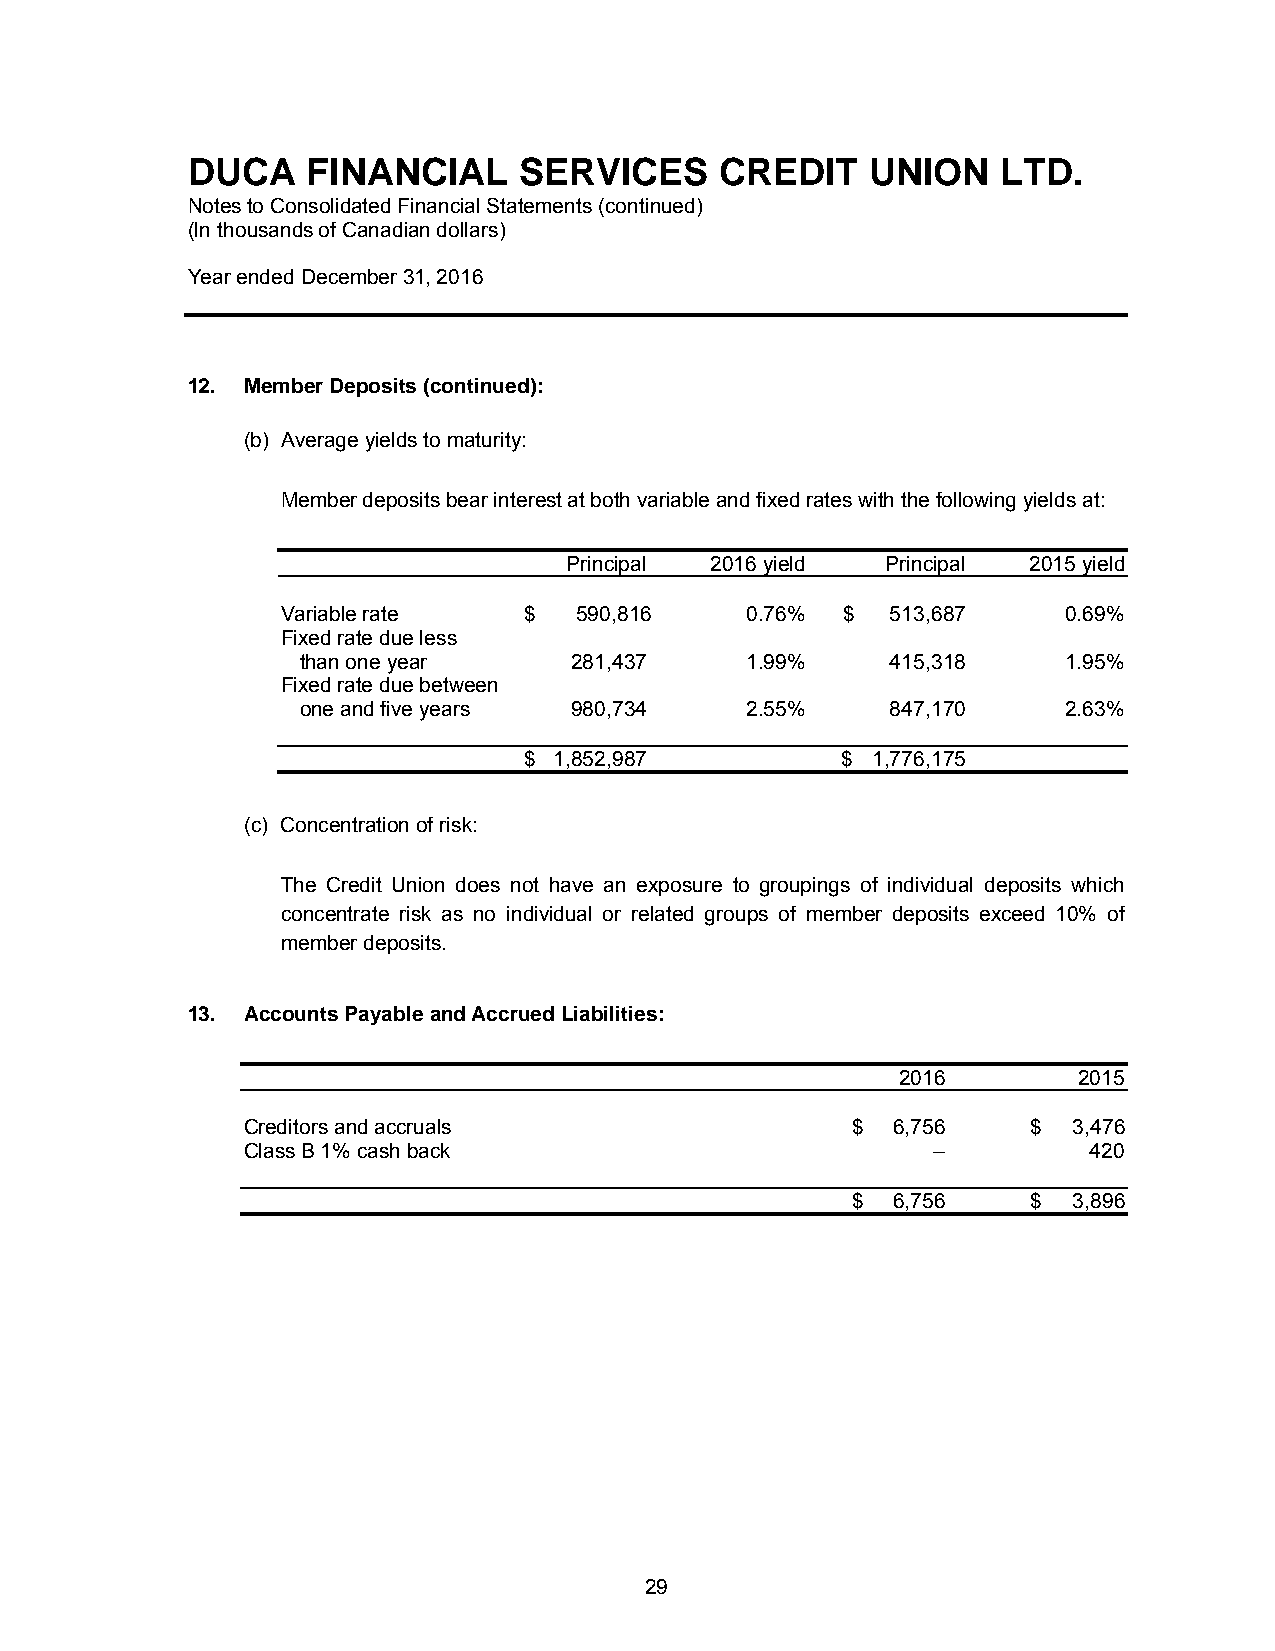
DUCA    FINANCIAL     SERVICES      CREDIT    UNION   LTD.
 Notes to Consolidated Financial Statements (continued)
 (In thousands of Canadian dollars)
 Year ended December 31, 2016
 12. Member Deposits (continued):
 (b) Average yields to maturity:
 Member deposits bear interest at both variable and fixed rates with the following yields at:
 Principal 2016 yield Principal 2015 yield
 Variable rate   $  590,816    0.76%  $  513,687     0.69%
 Fixed rate due less
 than one year     281,437    1.99%     415,318     1.95%
 Fixed rate due between
 one and five years 980,734   2.55%     847,170     2.63%
 $ 1,852,987          $ 1,776,175
 (c) Concentration of risk:
 The Credit Union does not have an exposure to groupings of individual deposits which
 concentrate risk as no individual or related groups of member deposits exceed 10% of
 member deposits.
 13. Accounts Payable and Accrued Liabilities:
 2016       2015
 Creditors and accruals                  $  6,756    $  3,476
 Class B 1% cash back                          –         420
 $  6,756    $  3,896
 29